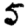
Digit: 5